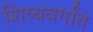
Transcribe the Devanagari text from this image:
शिष्यवर्गांत